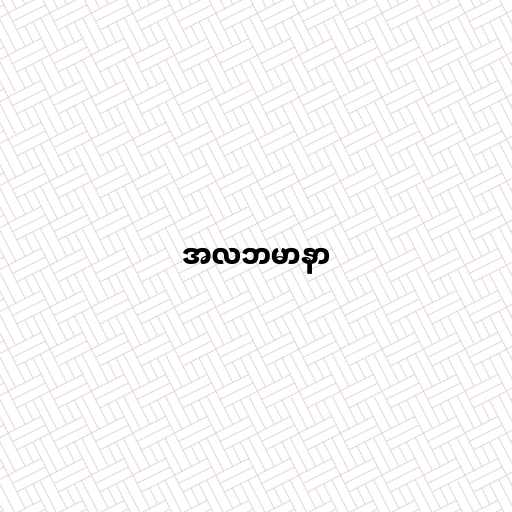
အလဘမာနာ